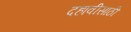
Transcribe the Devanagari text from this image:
दहावीसाठी